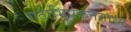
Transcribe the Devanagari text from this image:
गताभिषेकतस्तथा